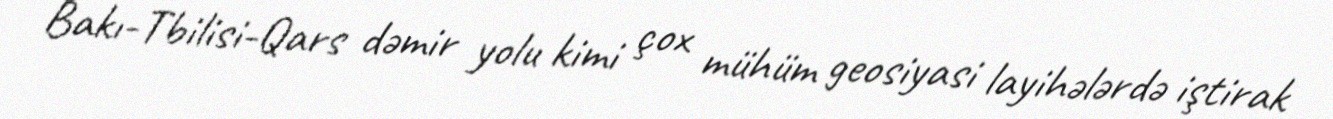
Bakı-Tbilisi-Qars dəmir yolu kimi çox mühüm geosiyasi layihələrdə iştirak